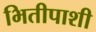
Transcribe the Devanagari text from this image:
भितीपाशी